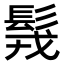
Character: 䯷